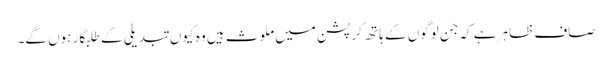
صاف ظاہر ہے کہ جن لوگوں کے ہاتھ کرپشن میں ملوث ہیں وہ کیوں تبدیلی کے طلبگار ہوں گے۔